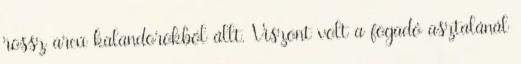
rossz arcú kalandorokból állt. Viszont volt a fogadó asztalánál